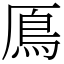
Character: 鳫